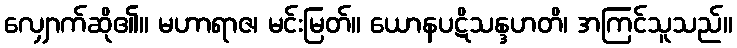
လျှောက်ဆို၏။ မဟာရာဇ၊ မင်းမြတ်။ ယောနပဋိသန္ဒဟတိ၊ အကြင်သူသည်။